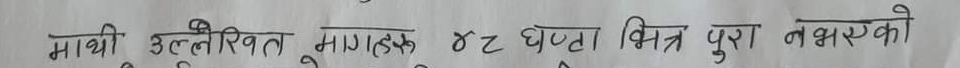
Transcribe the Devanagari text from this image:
माथी उल्लेखित मागहरू ४८ घण्टा भित्र पुरा नभएको